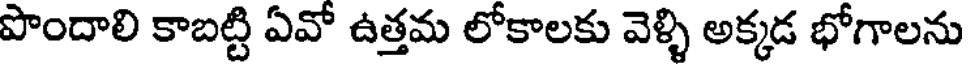
పొందాలి కాబట్టి ఏవో ఉత్తమ లోకాలకు వెళ్ళి అక్కడ భోగాలను